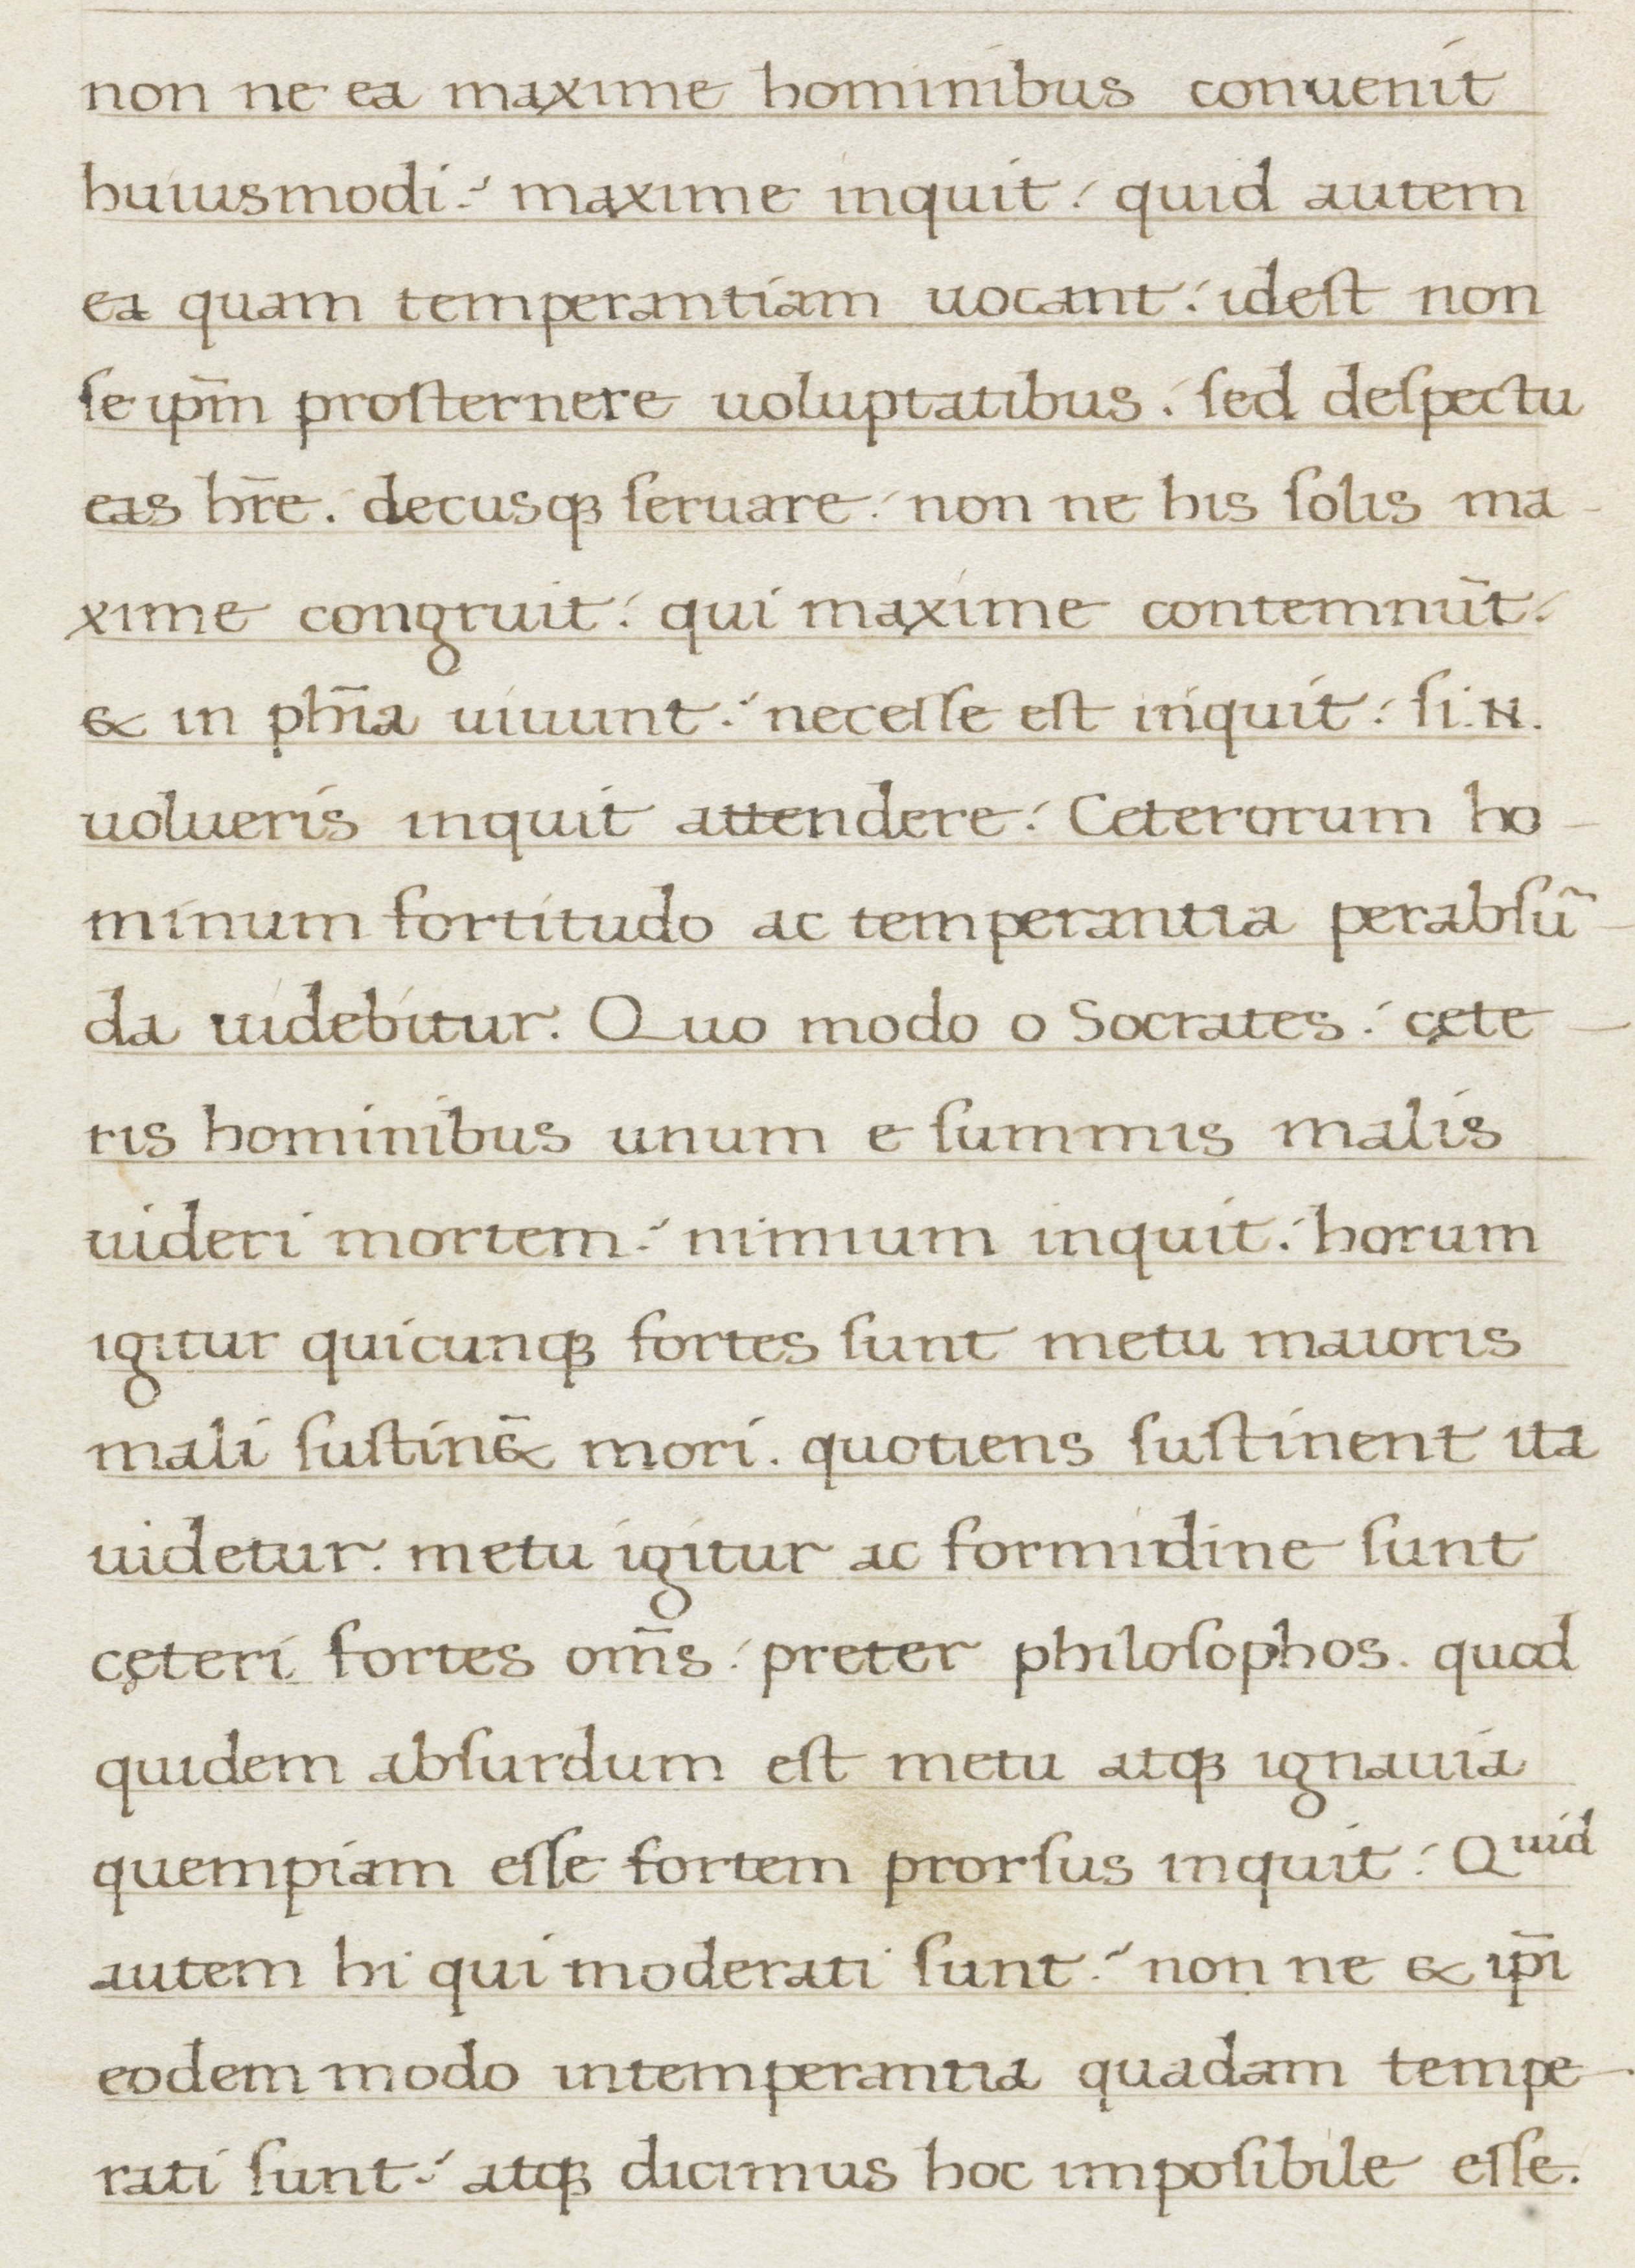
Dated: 1400–1499